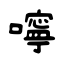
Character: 嚀